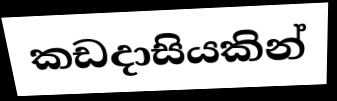
කඩදාසියකින්